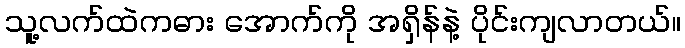
သူ့လက်ထဲကဓား အောက်ကို အရှိန်နဲ့ ပိုင်းကျလာတယ်။